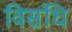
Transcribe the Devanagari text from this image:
विसंधि